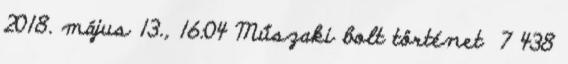
2018. május 13., 16:04 ‎Műszaki bolt történet ‎ 7 438